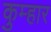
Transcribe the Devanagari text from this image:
कुम्‍हार